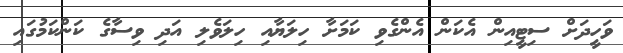
ވަހީދަށް ސިޓީއިން އެކަން އެންގެވި ކަމަށާ ހިލަޔާއި ހިލަވެލި އަދި ވިސާގެ ކަންކަމުގައި